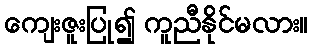
ကျေးဇူးပြု၍ ကူညီနိုင်မလား။